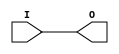
module IBUFG_SSTL2_I_DCI (O, I);

    output O;

    input  I;

	buf B1 (O, I);


endmodule